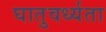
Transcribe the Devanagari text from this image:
घातुवर्ध्यता